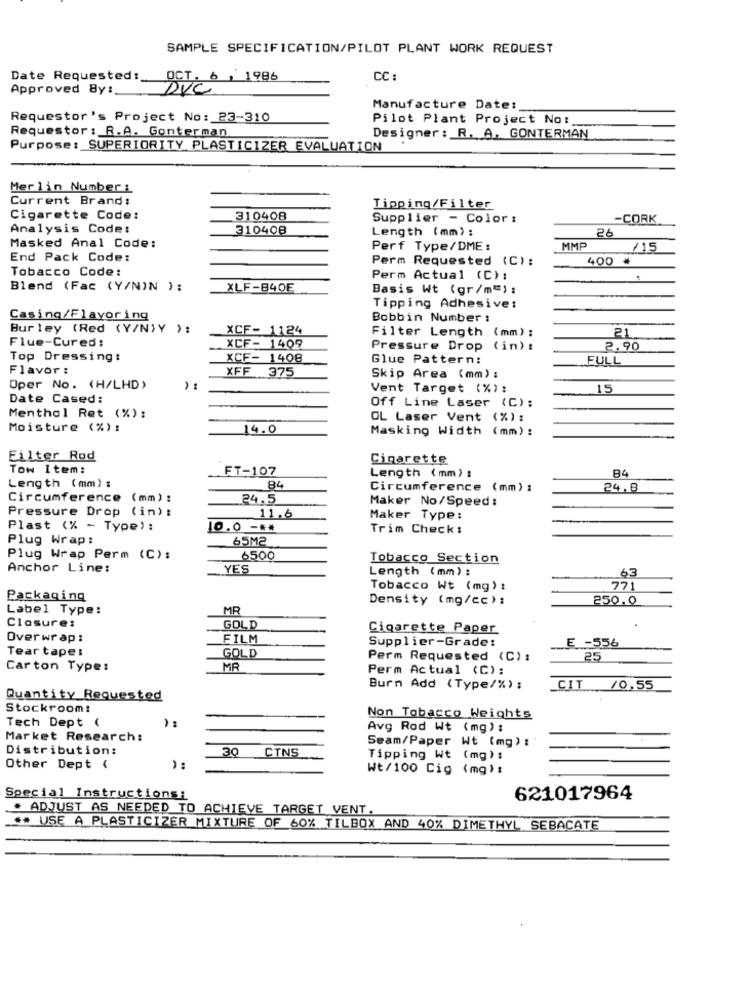
SAMPLE SPECIFICATION/PILOT PLANT WORK REQUEST
Date Requested !_
OCT. 6 , 1986
CC
Approved By :.
DVC
Manufacture Date :.
Requestor's Project No: 23-310
Pilot Plant Project No:
Requestor : R.A. Gonterman
Designer : R. A. GONTERMAN
Purpose: SUPERIORITY PLASTICIZER EVALUATION
Merlin Number :
Current Brand:
Tipping/Filter
Cigarette Code:
310408
Supplier - Color:
-CORK
Analysis Code:
310408
Length (mm) :
26
Masked Anal Code:
Perf Type/DME :
MMP
115
End Pack Code:
Perm Requested (C) :
400 *
Tobacco Code:
Perm Actual (C):
Blend (Fac (Y/N)N ):
XLF-840E
Basis Wt (gr/m=):
Tipping Adhesive:
Casing/Flavor ing
Bobbin Number :
Burley (Red (Y/N)Y ):
XCF- 1124
Filter Length (mm) :
21
Flue-Cured:
XCF- 1409
Pressure Drop (in) :
2.90
Top Dressing:
XCF- 1408
Glue Pattern:
FULL
Flavor :
XFF 375
Skip Area (mm) :
Oper No. (H/LHD)
Vent Target (%) :
15
Date Cased:
Off Line Laser (C):
Menthol Ret (%):
OL Laser Vent (%):
Moisture (%) :
14.0
Masking Width (mm) :
Filter Rod
Cigarette
Tow Item:
FT-107
Length (mm) :
B4
Length (mm) :
84
Circumference (mm) :
24.8
Circumference (mm) :
24.5
Maker No/Speed:
Pressure Drop (in) :
11,6
Maker Type:
Plast (% - Type) :
10.0 -**
Trim Check:
Plug Wrap:
65M2
Plug Wrap Perm (C):
6500
Tobacco Section
Anchor Line:
YES
Length (mm) :
63
Tobacco Wt (mg) :
77
Packaging
Density (mg/cc) :
250.0
Label Type:
MR
Closure:
GOLD
Cigarette Paper
Overwrap:
FILM
Supplier-Grade:
E -556
Tear tape:
GOLD
Perm Requested (C) :
25
Carton Type:
MR
Perm Actual (C):
Burn Add ( Type/%) ;
CIT /0.55
Quantity Requested
Stockroom!
Tech Dept (
Non Tobacco Weights
Avg Rod Wt (mg) :
Market Research:
Seam/Paper Wt (mg) :
Distribution:
30
CTNS
Tipping Wt (mg):
Other Dept {
):
Wt/100 Cig (mg) :
Special Instructions:
621017964
* ADJUST AS NEEDED TO ACHIEVE TARGET VENT.
** USE A PLASTICIZER MIXTURE OF 60% TILBOX AND 40% DIMETHYL SEBACATE